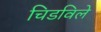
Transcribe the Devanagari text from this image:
चिडविले